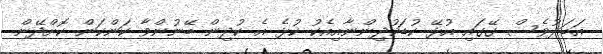
އަބަދުވެސް ގޭގައި އުޅޭ ކުޑަކުދިންނާއިއެކު ކުޅެ އެ ކުދިން ބޭނުންވާ ކަންކަން ކޮށްދޭން